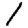
Digit: 1